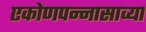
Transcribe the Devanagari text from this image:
एकोणपन्नासाव्या